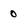
Character: 0